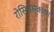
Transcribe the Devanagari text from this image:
रोसियस्काया